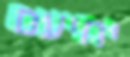
יחיעם